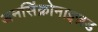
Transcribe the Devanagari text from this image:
अनसिंक्रोनाइज़ड